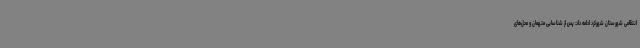
انتظامی شهرستان شهرکرد ادامه داد: پس از شناسایی متهمان و محل‌های